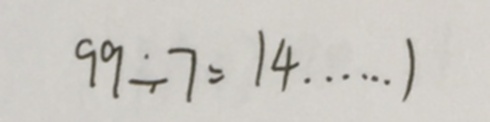
9 9 \div 7 = 1 4 \dot s \dot s 1